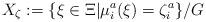
LaTeX: \begin{align*}X_\zeta := \{ \xi \in \Xi | \mu_i^a(\xi) = \zeta^a_i \} / G\end{align*}